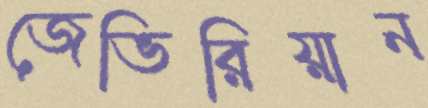
জেভিরিয়ান